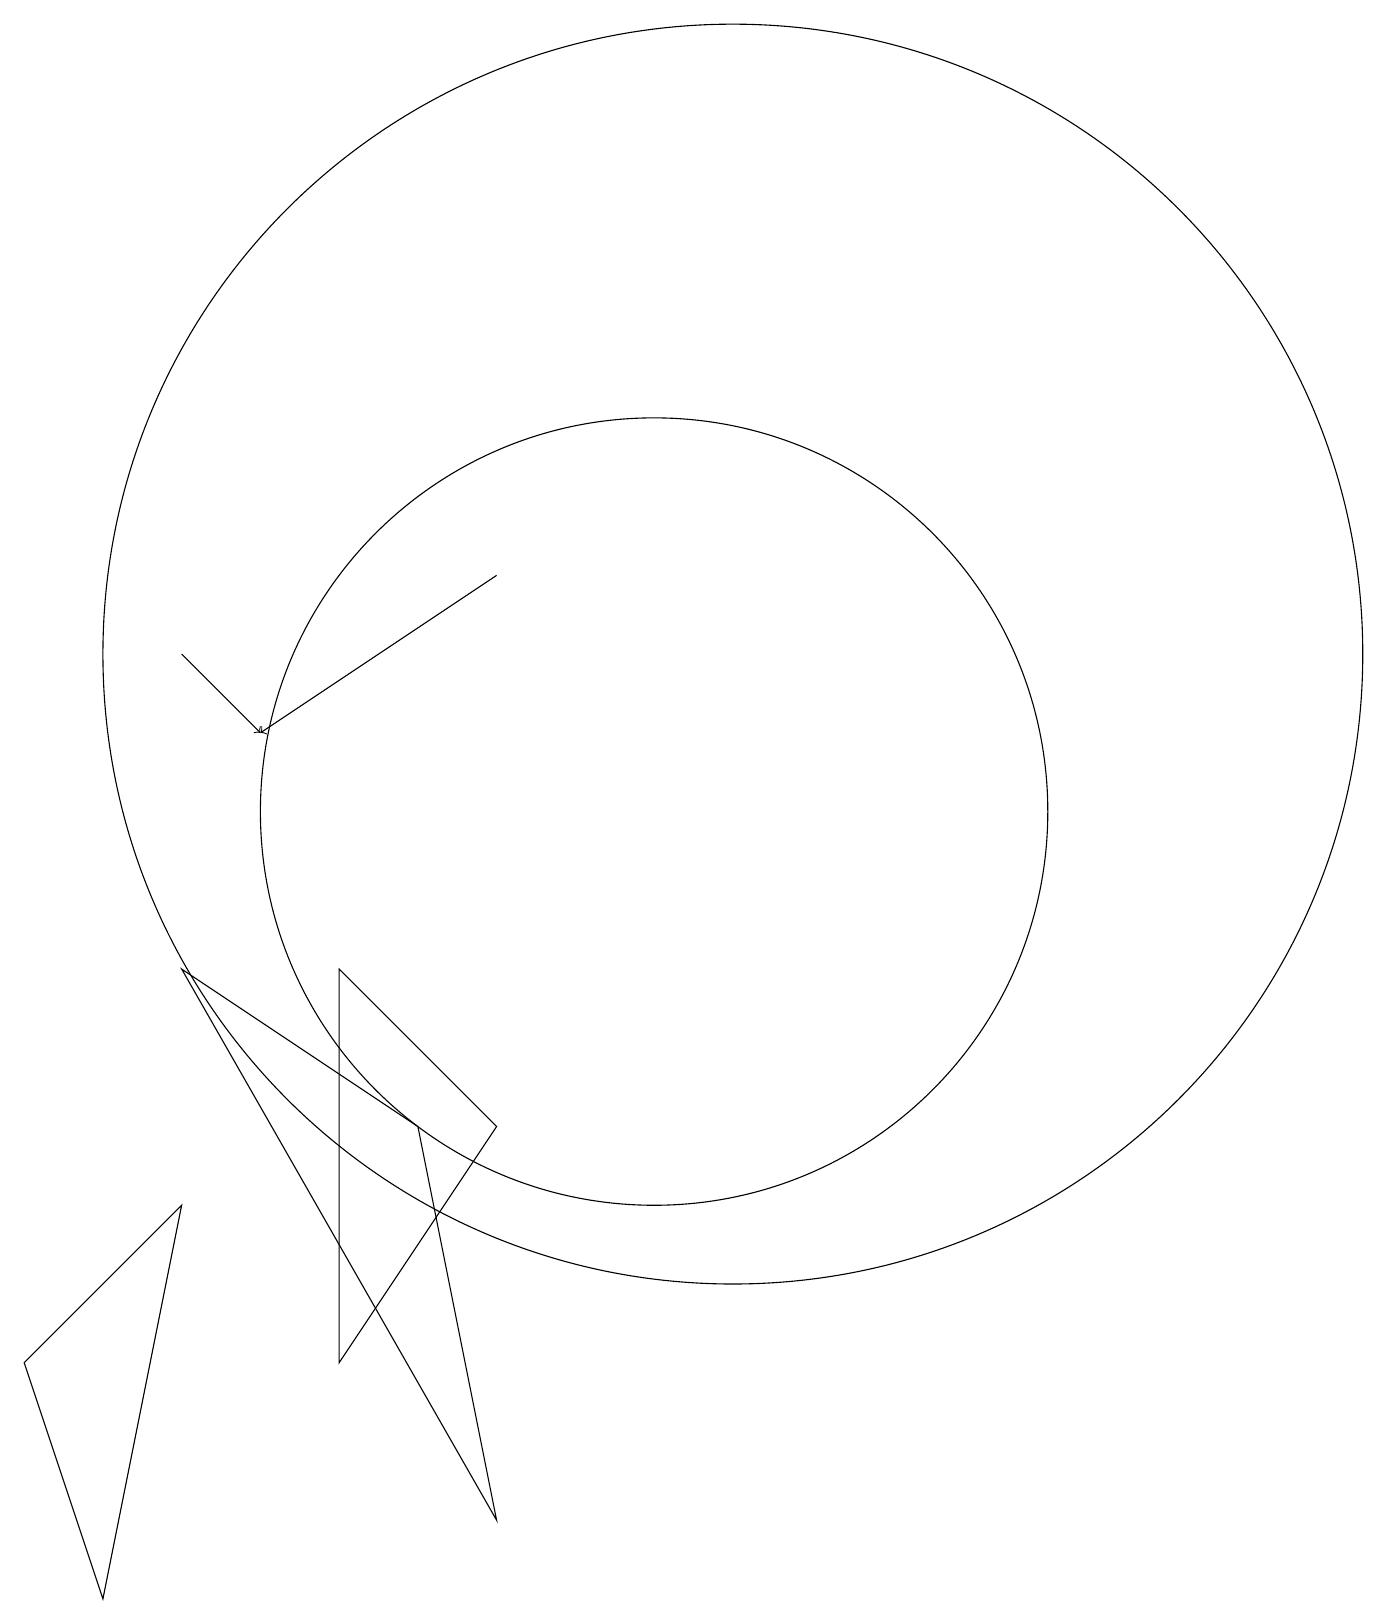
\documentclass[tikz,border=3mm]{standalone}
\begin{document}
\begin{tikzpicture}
\draw (11,12) circle (8);
\draw[->] (8,13) -- (5,11);
\draw (8,6) -- (6,3) -- (6,8) -- cycle;
\draw[->] (4,12) -- (5,11);
\draw (10,10) circle (5);
\draw (4,5) -- (2,3) -- (3,0) -- cycle;
\draw (4,8) -- (7,6) -- (8,1) -- cycle;
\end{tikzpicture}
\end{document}